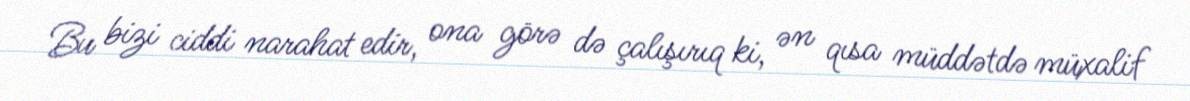
Bu bizi ciddi narahat edir, ona görə də çalışırıq ki, ən qısa müddətdə müxalif